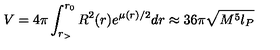
V = 4 \pi \int _ { r _ { > } } ^ { r _ { 0 } } R ^ { 2 } ( r ) e ^ { \mu ( r ) / 2 } d r \approx 3 6 \pi \sqrt { M ^ { 5 } l _ { P } }